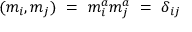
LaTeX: ( m _ { i } , m _ { j } ) \ = \ m _ { i } ^ { a } m _ { j } ^ { a } \ = \ \delta _ { i j }